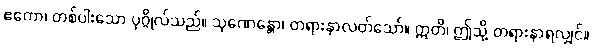
ဧကော၊ တစ်ပါးသော ပုဂ္ဂိုလ်သည်။ သုဏေန္တော၊ တရားနာလတ်သော်။ ဣတိ၊ ဤသို့ တရားနာရလျှင်။